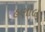
હણોલ